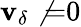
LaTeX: \mathbf{v}_{\delta}\not{=}0